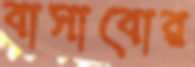
বাসাবোর